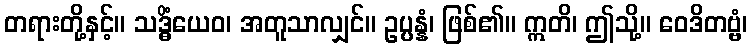
တရားတို့နှင့်။ သဒ္ဓိံယေဝ၊ အတူသာလျှင်။ ဥပ္ပန္နံ၊ ဖြစ်၏။ ဣတိ၊ ဤသို့။ ဝေဒိတဗ္ဗံ၊